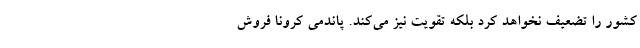
کشور را تضعیف نخواهد کرد بلکه تقویت نیز می‌کند. پاندمی کرونا فروش